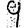
Digit: 9